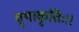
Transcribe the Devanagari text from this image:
वृषाकृतिः।।